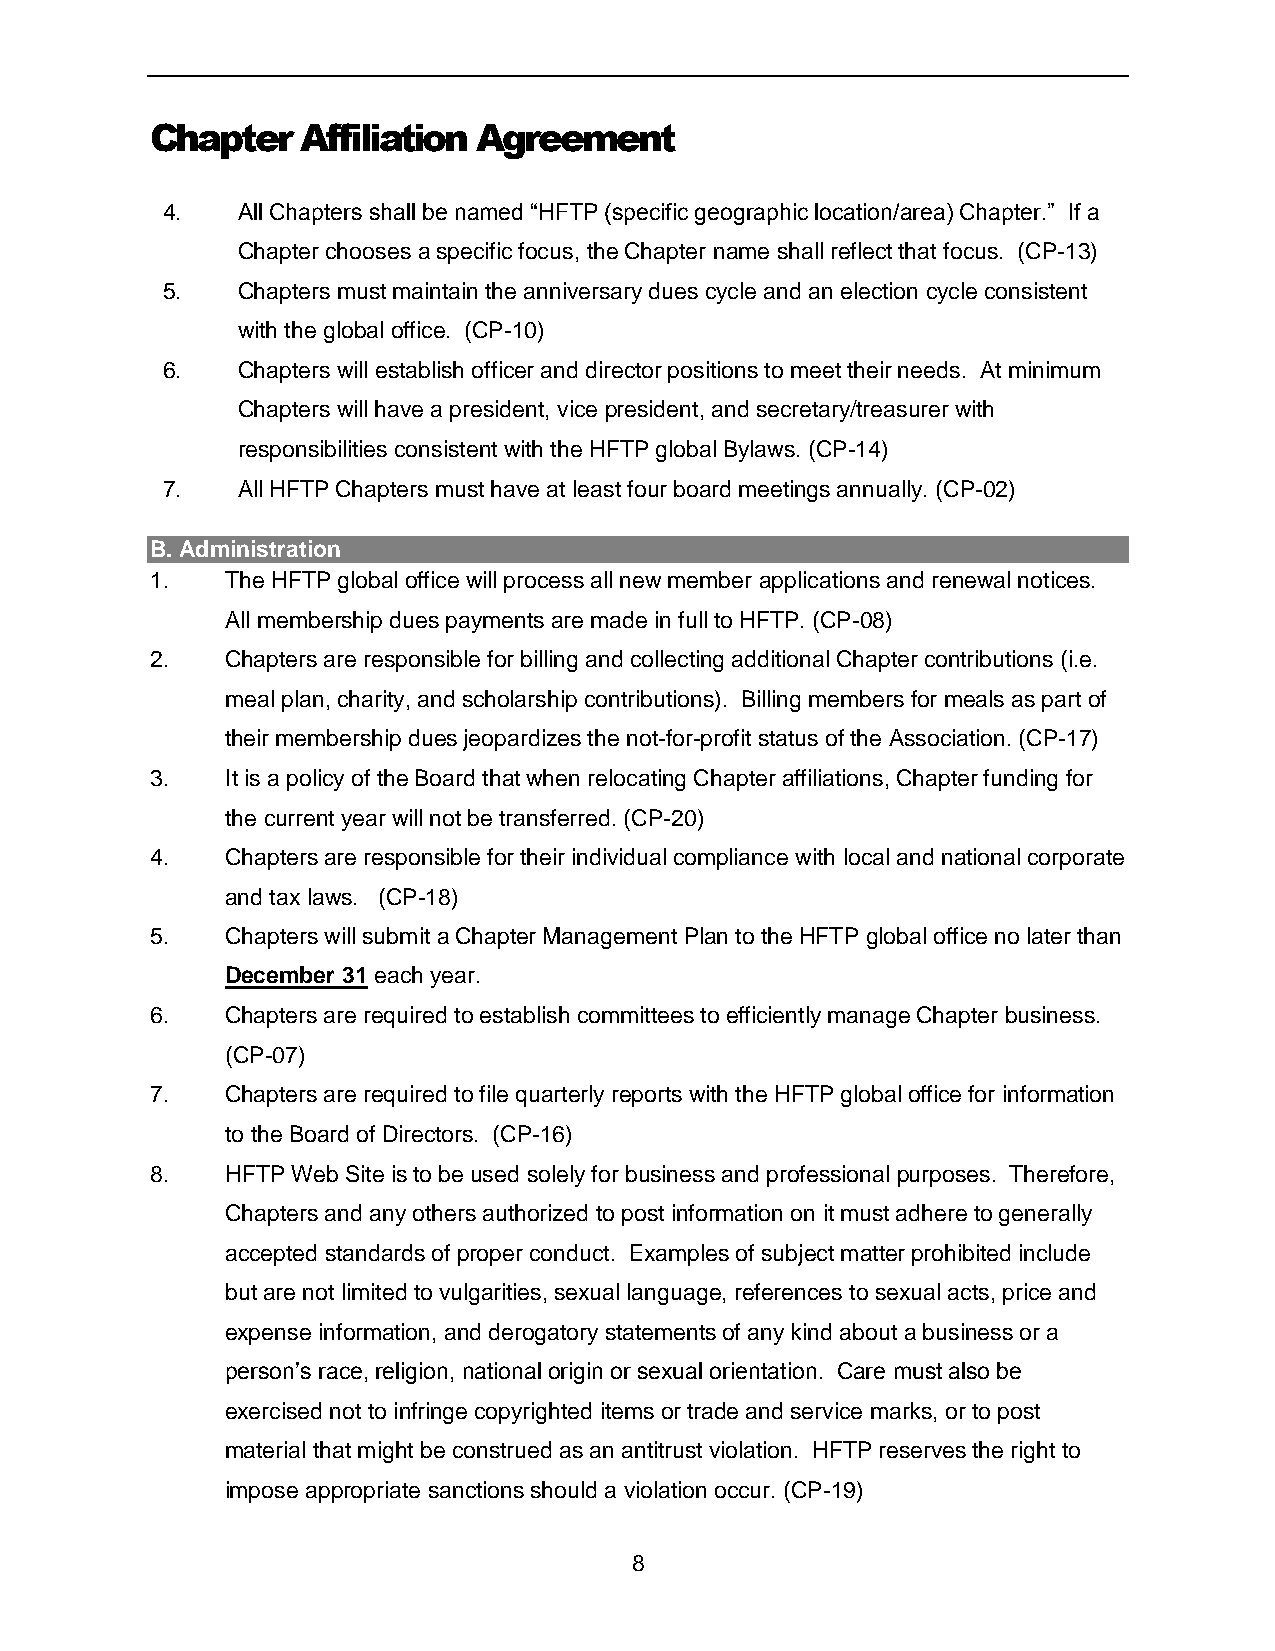
Chapter   Affiliation Agreement
 4.   All Chapters shall be named “HFTP (specific geographic location/area) Chapter.” If a
 Chapter chooses a specific focus, the Chapter name shall reflect that focus. (CP-13)
 5.   Chapters must maintain the anniversary dues cycle and an election cycle consistent
 with the global office. (CP-10)
 6.   Chapters will establish officer and director positions to meet their needs. At minimum
 Chapters will have a president, vice president, and secretary/treasurer with
 responsibilities consistent with the HFTP global Bylaws. (CP-14)
 7.   All HFTP Chapters must have at least four board meetings annually. (CP-02)
 B. Administration
 1.   The HFTP global office will process all new member applications and renewal notices.
 All membership dues payments are made in full to HFTP. (CP-08)
 2.   Chapters are responsible for billing and collecting additional Chapter contributions (i.e.
 meal plan, charity, and scholarship contributions). Billing members for meals as part of
 their membership dues jeopardizes the not-for-profit status of the Association. (CP-17)
 3.   It is a policy of the Board that when relocating Chapter affiliations, Chapter funding for
 the current year will not be transferred. (CP-20)
 4.   Chapters are responsible for their individual compliance with local and national corporate
 and tax laws. (CP-18)
 5.   Chapters will submit a Chapter Management Plan to the HFTP global office no later than
 December 31 each year.
 6.   Chapters are required to establish committees to efficiently manage Chapter business.
 (CP-07)
 7.   Chapters are required to file quarterly reports with the HFTP global office for information
 to the Board of Directors. (CP-16)
 8.   HFTP Web Site is to be used solely for business and professional purposes. Therefore,
 Chapters and any others authorized to post information on it must adhere to generally
 accepted standards of proper conduct. Examples of subject matter prohibited include
 but are not limited to vulgarities, sexual language, references to sexual acts, price and
 expense information, and derogatory statements of any kind about a business or a
 person’s race, religion, national origin or sexual orientation. Care must also be
 exercised not to infringe copyrighted items or trade and service marks, or to post
 material that might be construed as an antitrust violation. HFTP reserves the right to
 impose appropriate sanctions should a violation occur. (CP-19)
 8